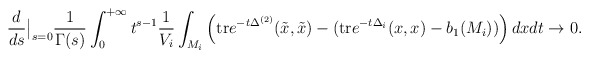
\begin{align*} \frac{d}{ds} \big|_{s=0} \frac{1}{\Gamma (s)} \int_0^{+\infty} t^{s-1} \frac{1}{V_i} \int_{M_i} \left( \mathrm{tr} e^{-t \Delta^{(2)}} (\tilde x, \tilde x) - (\mathrm{tr} e^{-t \Delta_i} (x,x) -b_1 (M_i))\right) dx dt \to 0.\end{align*}